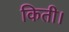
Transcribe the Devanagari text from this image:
किती।